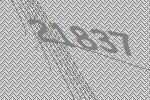
21837